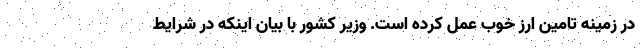
در زمینه تامین ارز خوب عمل کرده است. وزیر کشور با بیان اینکه در شرایط